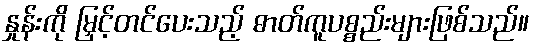
နှုန်းကို မြှင့်တင်ပေးသည့် ဓာတ်ကူပစ္စည်းများဖြစ်သည်။